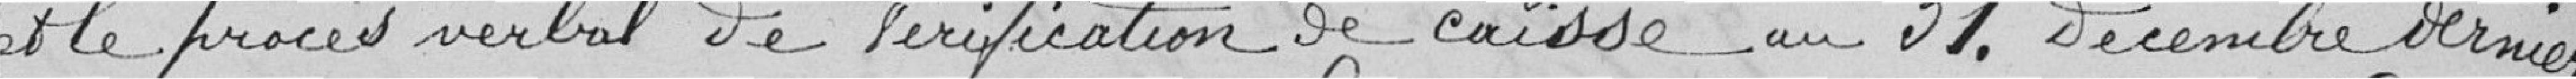
et le procès verbal de vérification de caisse au 31 décembre dernier.